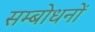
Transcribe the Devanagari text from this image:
सम्बोधनों